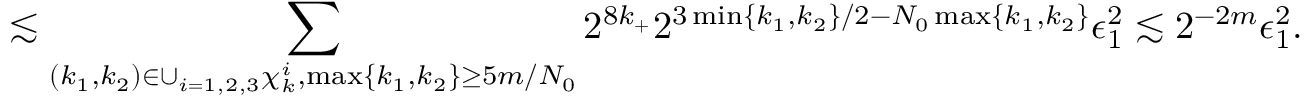
\lesssim \sum _ { ( k _ { 1 } , k _ { 2 } ) \in \cup _ { i = 1 , 2 , 3 } \chi _ { k } ^ { i } , \operatorname* { m a x } \{ k _ { 1 } , k _ { 2 } \} \geq 5 m / N _ { 0 } } 2 ^ { 8 k _ { + } } 2 ^ { 3 \operatorname* { m i n } \{ k _ { 1 } , k _ { 2 } \} / 2 - N _ { 0 } \operatorname* { m a x } \{ k _ { 1 } , k _ { 2 } \} } \epsilon _ { 1 } ^ { 2 } \lesssim 2 ^ { - 2 m } \epsilon _ { 1 } ^ { 2 } .